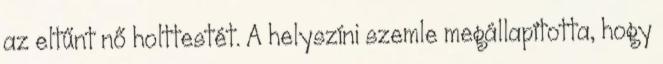
az eltűnt nő holttestét. A helyszíni szemle megállapította, hogy